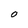
Character: O